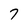
Character: 7